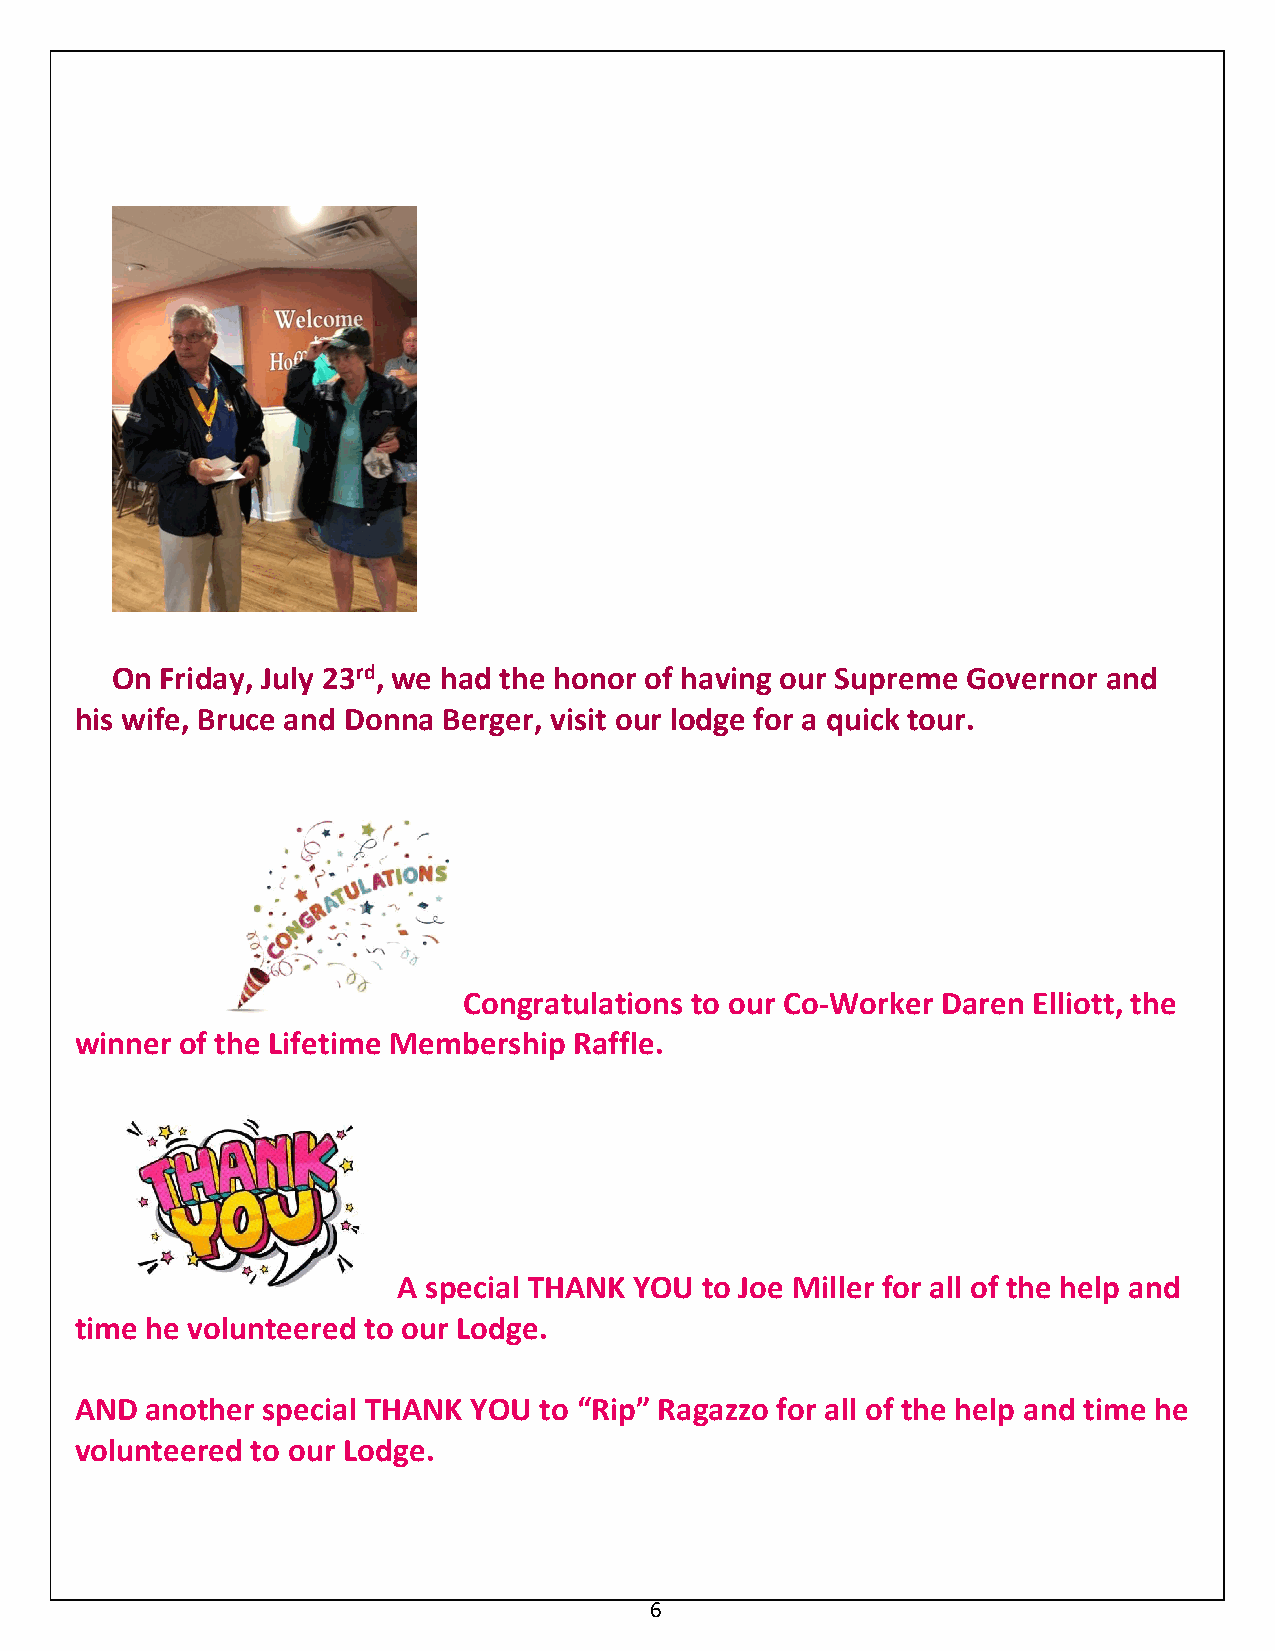
On  Friday, July 23rd, we had the honor of having our Supreme Governor and
 his wife, Bruce and Donna Berger, visit our lodge for a quick tour.
 Congratulations to our Co-Worker Daren Elliott, the
 winner of the Lifetime Membership Raffle.
 A special THANK YOU  to Joe Miller for all of the help and
 time he volunteered to our Lodge.
 AND  another special THANK YOU to “Rip” Ragazzo for all of the help and time he
 volunteered to our Lodge.
 6